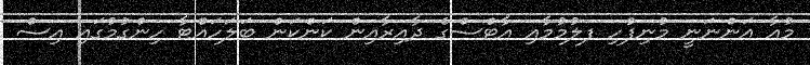
މުއާ އަންނަނީ މުނިފުހި ފލުމުމާއި އާޓްސްގެ ދާއިރާއިން ކަންކަން ބަލަހައްޓާ ހިންގުމުގައި އިސް